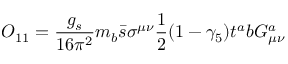
O _ { 1 1 } = \frac { g _ { s } } { 1 6 \pi ^ { 2 } } m _ { b } \bar { s } \sigma ^ { \mu \nu } \frac { 1 } { 2 } ( 1 - \gamma _ { 5 } ) t ^ { a } b G _ { \mu \nu } ^ { a }